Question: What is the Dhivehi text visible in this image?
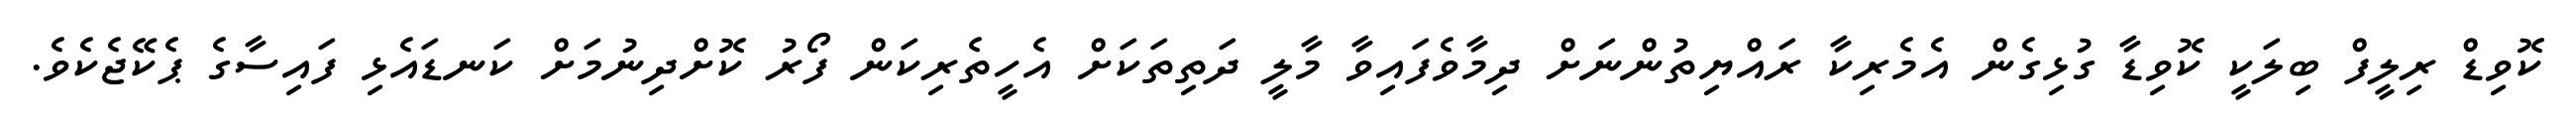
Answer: ކޮވިޑް ރިލީފް ބިލަކީ ކޮވިޑާ ގުޅިގެން އެމެރިކާ ރައްޔިތުންނަށް ދިމާވެފައިވާ މާލީ ދަތިތަކަށް އެހީތެރިކަން ފޯރު ކޮށްދިނުމަށް ކަނޑައެޅި ފައިސާގެ ޕެކޭޖެކެވެ.